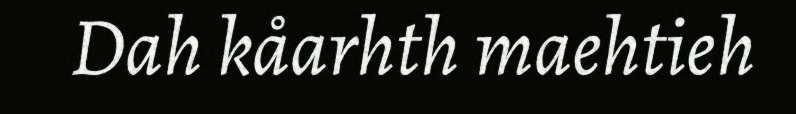
Dah kåarhth maehtieh